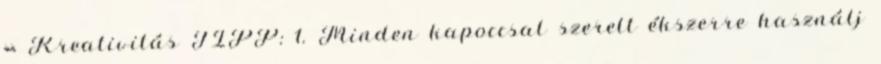
» Kreativitás TIPP: 1. Minden kapoccsal szerelt ékszerre használj